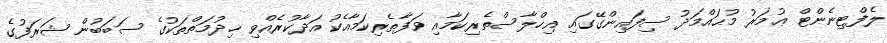
ލެފްޓިނެންޓް ޢުމަރު މުޙައްމަދު ސިފައިންގޭގައި އިޚްލާސްތެރިކަމާއި ވަފާތެރިކަމާއެކު އަދާކުރެއްވި ޚިދުމަތްތަކުގެ ސަބަބުން ޝަރަފުގެ